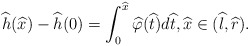
\begin{align*}\widehat{h}(\widehat{x})-\widehat{h}(0)=\int_0^{\widehat{x}} \widehat{\varphi}(\widehat{t})d\widehat{t},\widehat{x}\in (\widehat{l},\widehat{r}). \end{align*}